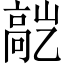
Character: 𬴕